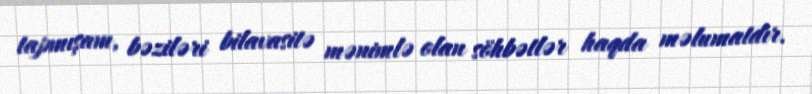
tapmışam, bəziləri bilavasitə mənimlə olan söhbətlər haqda məlumatdır.